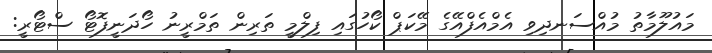
މައުލޫމާތު މުއްސަނދިވި އެމްއެފްއޭގެ މޭކަޕް ކޯހުގައި ފިލްމީ ތަރިން ތަމްރީނު ހޯދަނީފޮޓޯ ސްޓޯރީ: